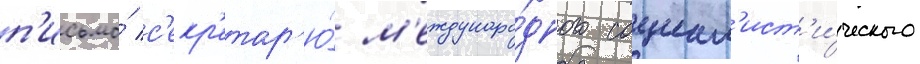
п'исьмо́ с'екр'етар'ю́ м'еждунаро́дного социал'ист'и́ческого